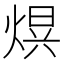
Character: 𭵒